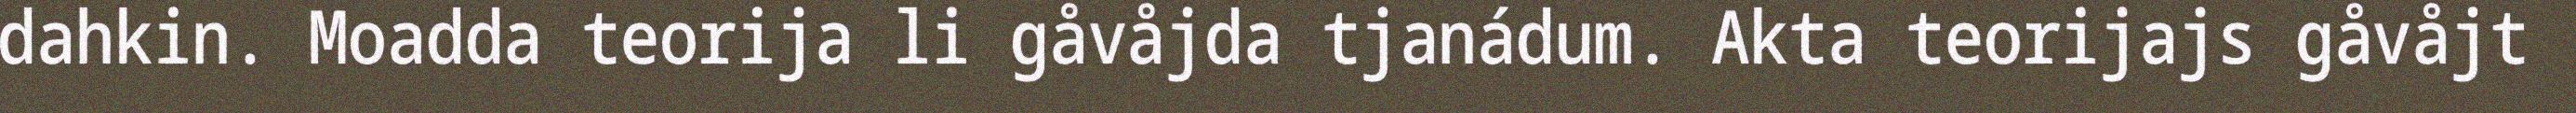
dahkin. Moadda teorija li gåvåjda tjanádum. Akta teorijajs gåvåjt